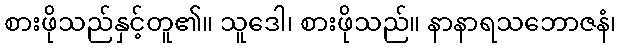
စားဖိုသည်နှင့်တူ၏။ သူဒေါ၊ စားဖိုသည်။ နာနာရသဘောဇနံ၊